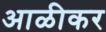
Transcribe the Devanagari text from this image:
आळीकर